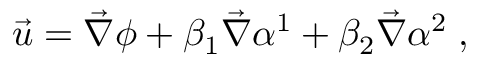
\vec { u } = \vec { \nabla } \phi + \beta _ { 1 } \vec { \nabla } \alpha ^ { 1 } + \beta _ { 2 } \vec { \nabla } \alpha ^ { 2 } \; ,